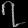
Digit: ၇